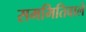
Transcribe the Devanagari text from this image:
सममितिवाले